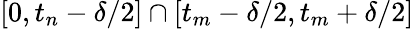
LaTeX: [0,t_{n}-\delta/2]\cap[t_{m}-\delta/2,t_{m}+\delta/2]